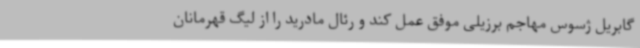
گابریل ژسوس مهاجم برزیلی موفق عمل کند و رئال مادرید را از لیگ قهرمانان